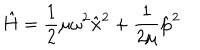
\hat { H } = \frac { 1 } { 2 } \mu \omega ^ { 2 } \hat { \mathbf x } ^ { 2 } + \frac { 1 } { 2 \mu } \hat { \mathbf p } ^ { 2 }